Medical and sanitary report of the native army of Madras for the year
Year: 1878
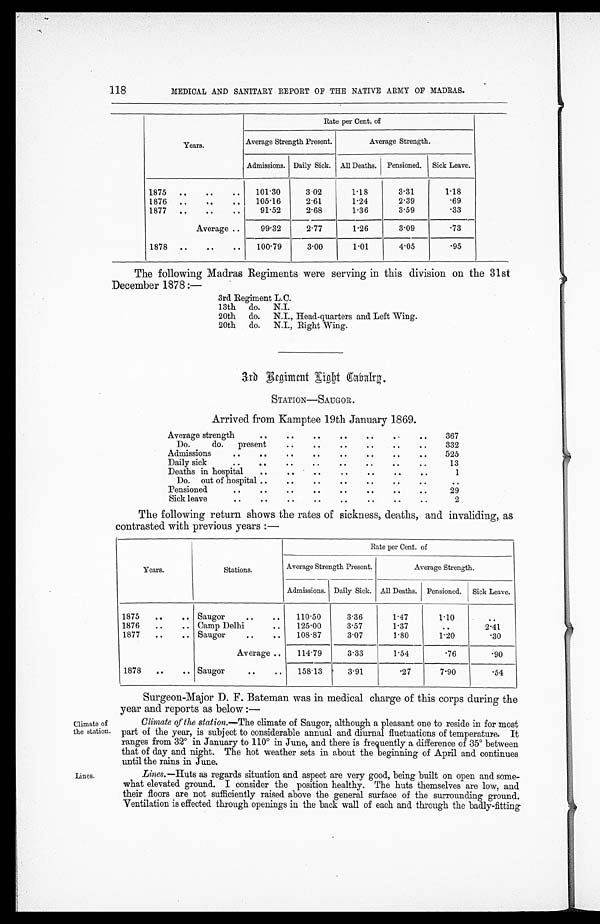
118
MEDICAL AND SANITARY REPORT OF THE NATIVE ARMY OF MADRAS.
Years.
Rate per Cent. of
Average Strength Present.
Average Strength.
Admissions. Daily Sick. All Deaths. Pensioned. Sick Leave.
1875
..
..
..
101.30
3.02
1.18
3.31
1.18
1876
..
..
..
105.16
2.61
1.24
2.39
.69
1877
..
..
..
91.52
2.68
1.36
3.59
.33
Average ..
99.32
2.77
1.26
3.09
.73
1878
..
..
..
100.79
3.00
1.01
4.05
.95
The following Madras Regiments were serving in this division on the 31st
December 1878 :—
3rd Regiment L.C.
13th
do.
N.I.
20th
do.
N.I., Head-quarters and Left Wing.
20th
do.
N.I., Right Wing.
3 r d R e g i m e n t L i g h t C a b a l r y .
STATION—SAUGOR.
Arrived from Kamptee 19th January 1869.
Average strength
. .
.. ..
..
..
. .
..
367
Do.
do.
present
. ... . .. .. .. .. ...
332
Admissions
.. ..
..
..
..
.. .. ..
525
Daily sick
..
..
..
.. .. .. .. ..
13
Deaths in hospital
.. .. ..
..
..
..
..
1
Do.
out of hospital ..
.. ..
..
..
..
..
..
Pensioned
.. .. .. .. .. .. .. ..
29
Sick leave
..
.. .. .. .. .. ..
..
2
The following return shows the rates of sickness, deaths, and invaliding, as
contrasted with previous years :—
Years.
Stations .
Rate per Cent. of
Average Strength Present.
Average Strength.
Admissions. Daily Sick. All Deaths. Pensioned. Sick Leave.
1875
..
.. Saugor
..
..
110.50
3.36
1.47
1.10
..
1876
..
.. Camp Delhi
..
125.00
3.57
1.37
..
2.41
1877
..
.. Saugor
..
..
108.87
3.07
1.80
1.20
. 3 0
Average ..
114.79
3.33
1.54
.76
. 9 0
1878
..
.. Saugor
..
..
158.13
3.91
.27
7.90
. 5 4
Surgeon-Major D. F. Bateman was in medical charge of this corps during the
year and reports as below :—
Climate of
the station.
Climate of the station.— The climate of Saugor, although a pleasant one to reside in for most
part of the year, is subject to considerable annual and diurnal fluctuations of temperature. It
ranges from 32° in January to 110° in June, and there is frequently a difference of 35° between
that of day and night. The hot weather sets in about the beginning of April and continues
until the rains in June.
Lines.
Lines.—Huts as regards situation and aspect are very good, being built on open and some
what elevated ground. I consider the position healthy. The huts themselves are low, and
their floors are not sufficiently raised above the general surface of the surrounding ground.
Ventilation is effected through openings in the back wall of each and through the badly-fitting